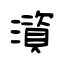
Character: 澬